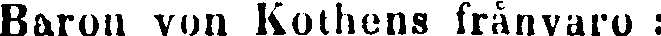
Baron von Kothens frånvaro :